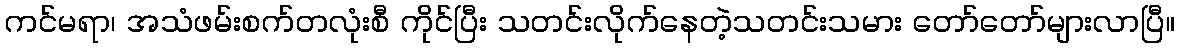
ကင်မရာ၊ အသံဖမ်းစက်တလုံးစီ ကိုင်ပြီး သတင်းလိုက်နေတဲ့သတင်းသမား တော်တော်များလာပြီ။